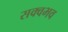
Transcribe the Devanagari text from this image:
सक्वभव